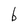
Character: b